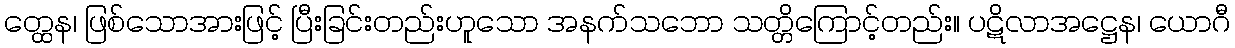
တ္ထေန၊ ဖြစ်သောအားဖြင့် ပြီးခြင်းတည်းဟူသော အနက်သဘော သတ္တိကြောင့်တည်း။ ပဋိလာအဋ္ဌေန၊ ယောဂီ